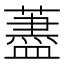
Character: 藎